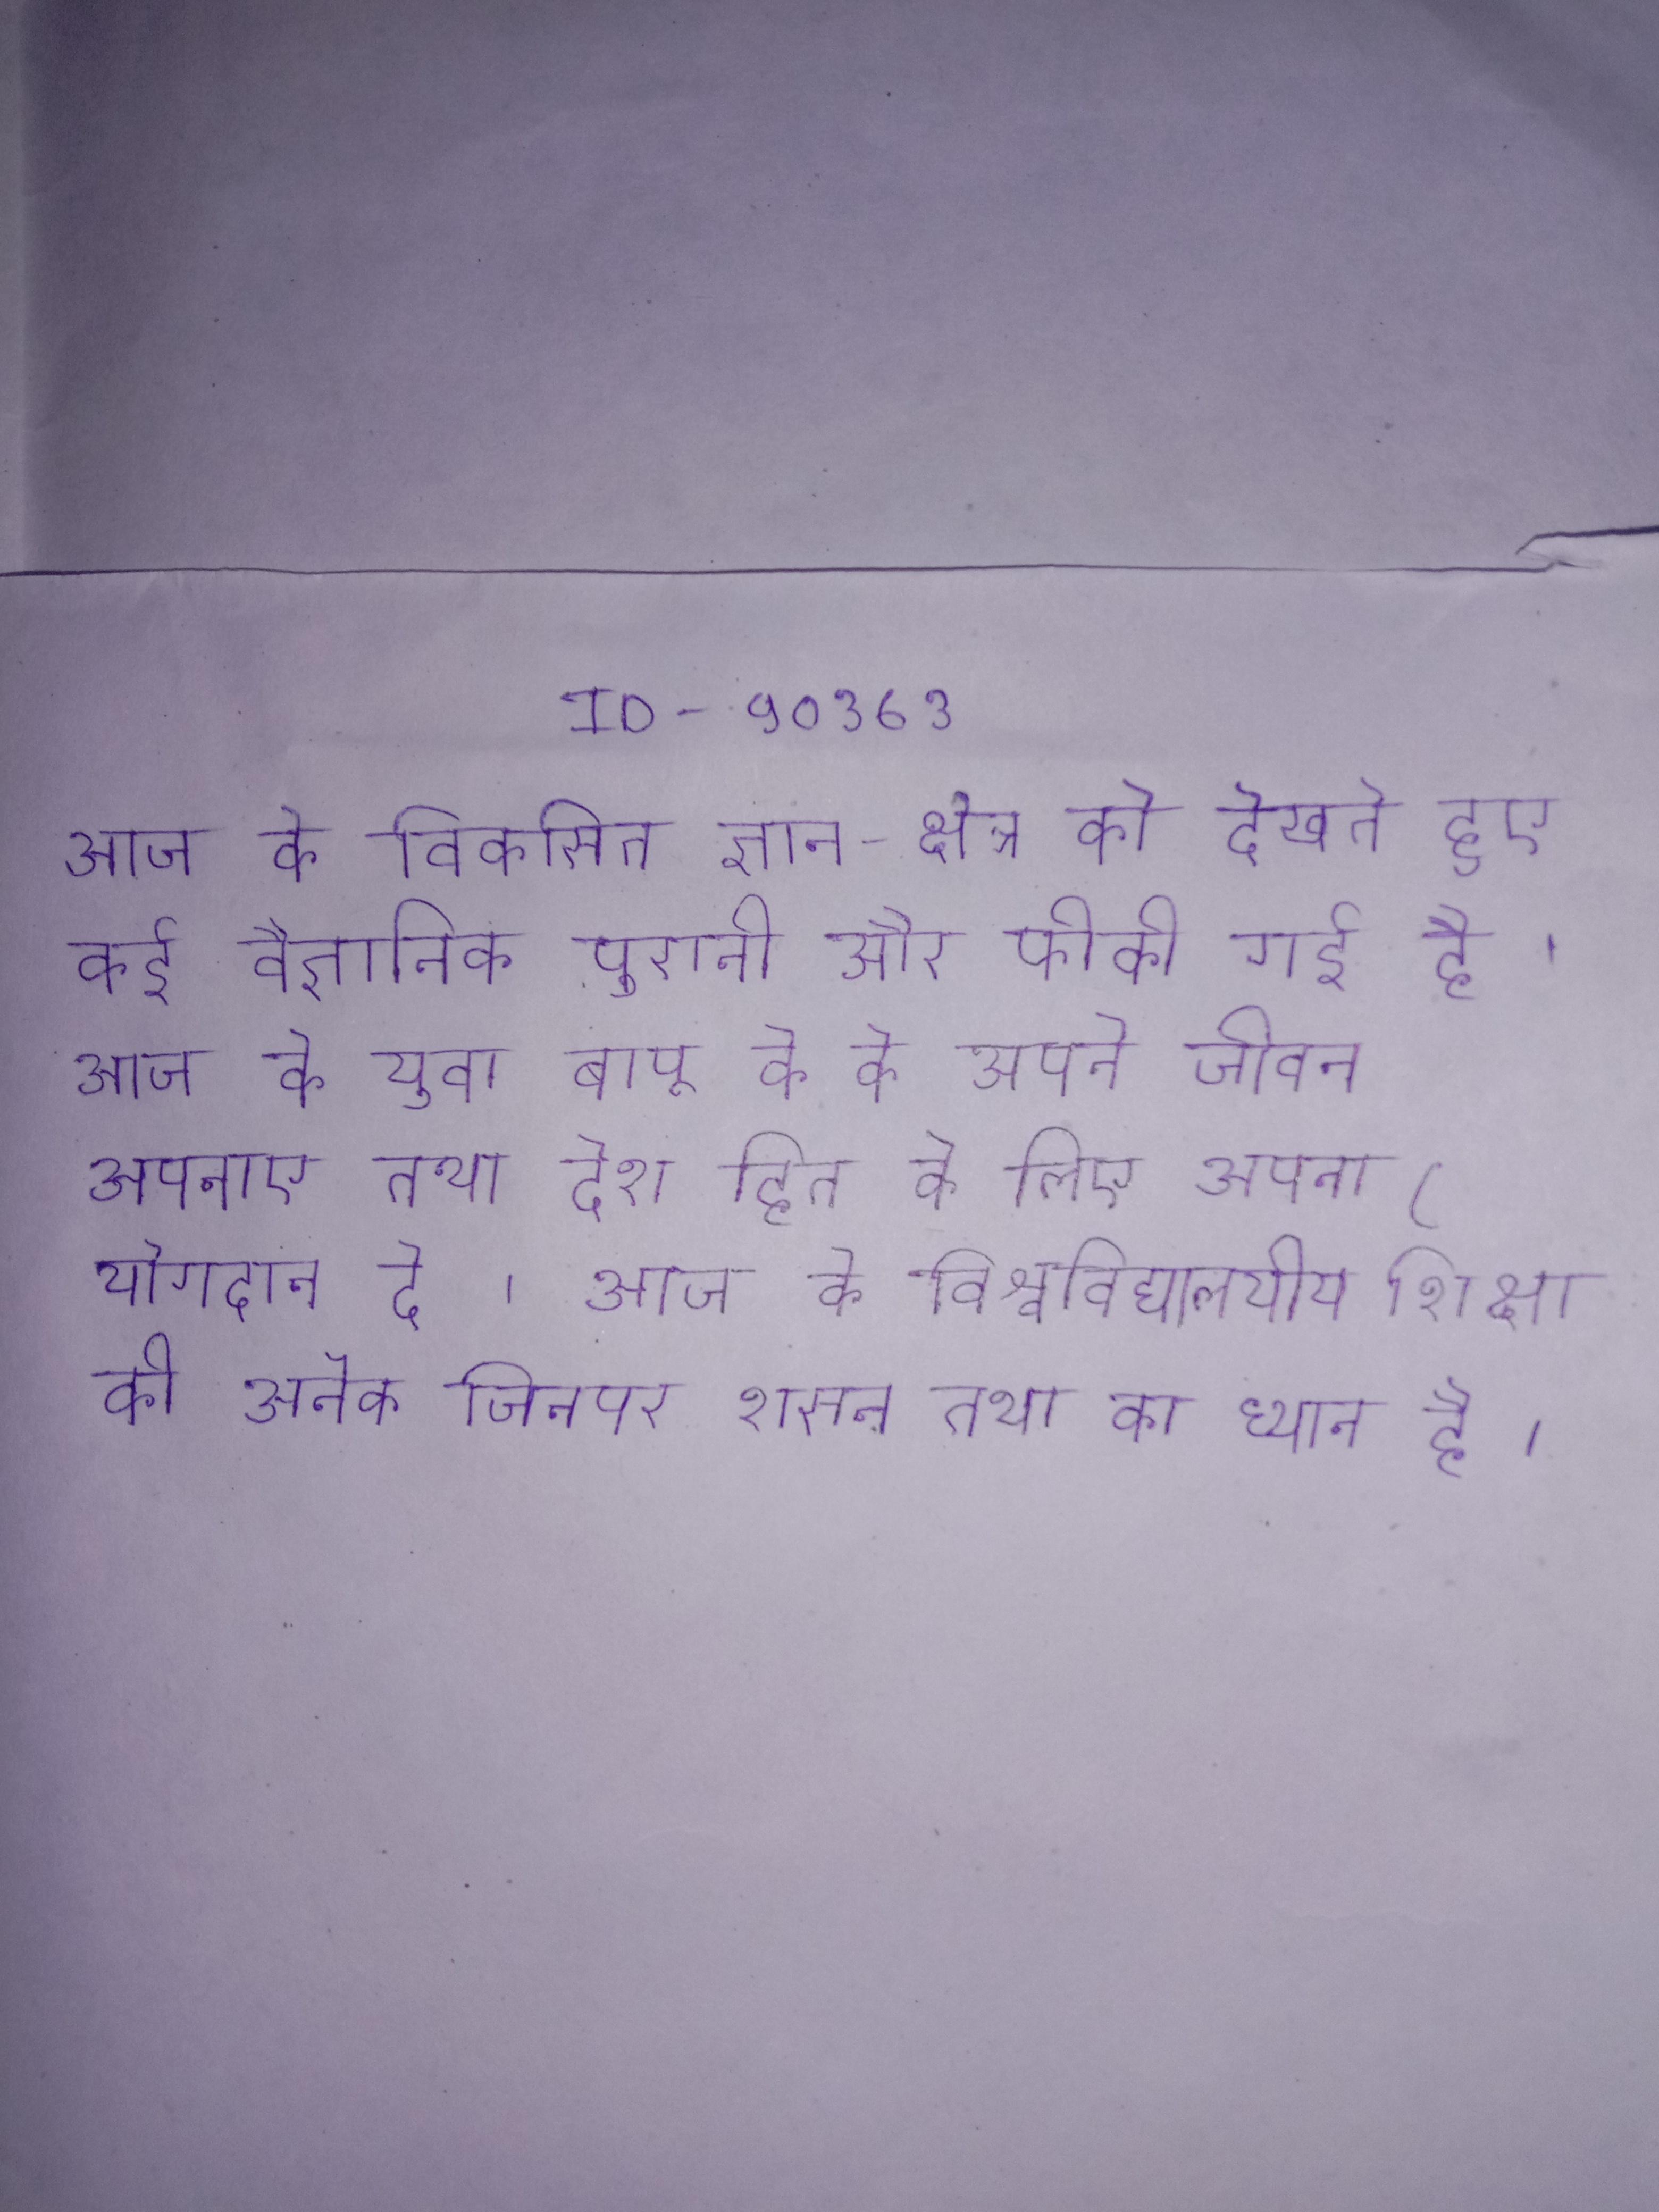
आज के विकसित ज्ञान-क्षेत्र को देखते हुए कई वैज्ञानिक पुरानी और फीकी गई है । आज के युवा बापू के को अपने जीवन अपनाए तथा देश हित के लिए अपना योगदान दे । आज के विश्वविद्यालयीय शिक्षा की अनेक जिनपर शासन तथा का ध्यान है ।